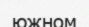
южном